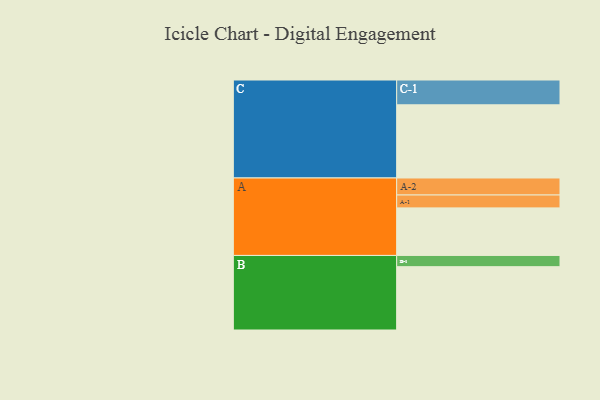
{"axis": {"x": "Segment", "y": "Value"}, "legend": ["", "A", "B", "C"], "data": [{"x": "A", "y": 347, "type": ""}, {"x": "B", "y": 462, "type": ""}, {"x": "C", "y": 534, "type": ""}, {"x": "A-1", "y": 94, "type": "A"}, {"x": "A-2", "y": 124, "type": "A"}, {"x": "B-1", "y": 82, "type": "B"}, {"x": "C-1", "y": 181, "type": "C"}]}